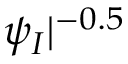
\psi _ { I } | ^ { - 0 . 5 }